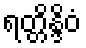
ရတ္တိန္ဒိဝံ